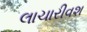
લાચારીવશ